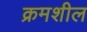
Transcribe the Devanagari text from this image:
क्रमशील